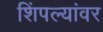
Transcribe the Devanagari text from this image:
शिंपल्यांवर